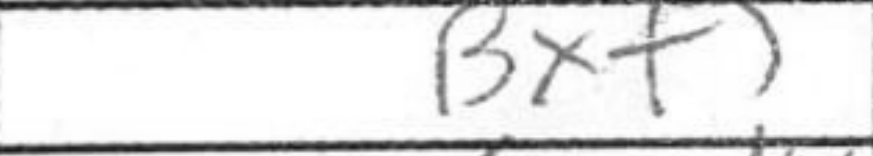
Transcription: Bxf5